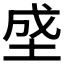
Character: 𰉯